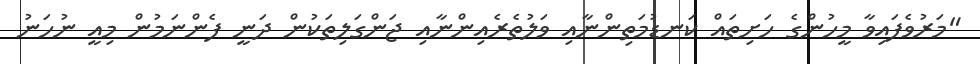
"މަރުވެފައިވާ މީހުންގެ ހަށިތައް ކަނޑުމަތިންނާއި ވަލުތެރެއިންނާއި ޖަންގަލިތަކުން ދަނީ ފެންނަމުން މިއީ ނުހަނު